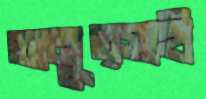
অনুত্সাহী